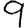
Digit: 9